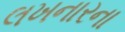
લખનારના